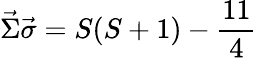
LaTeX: \vec{\Sigma}\vec{\sigma}=S(S+1)-\frac{11}{4}